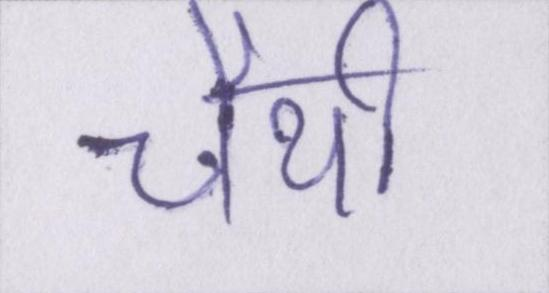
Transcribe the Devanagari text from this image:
चैथी